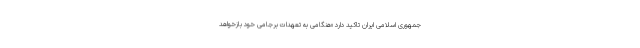
جمهوری اسلامی ایران تاکید دارد «هنگامی به تعهدات برجامی خود بازخواهد